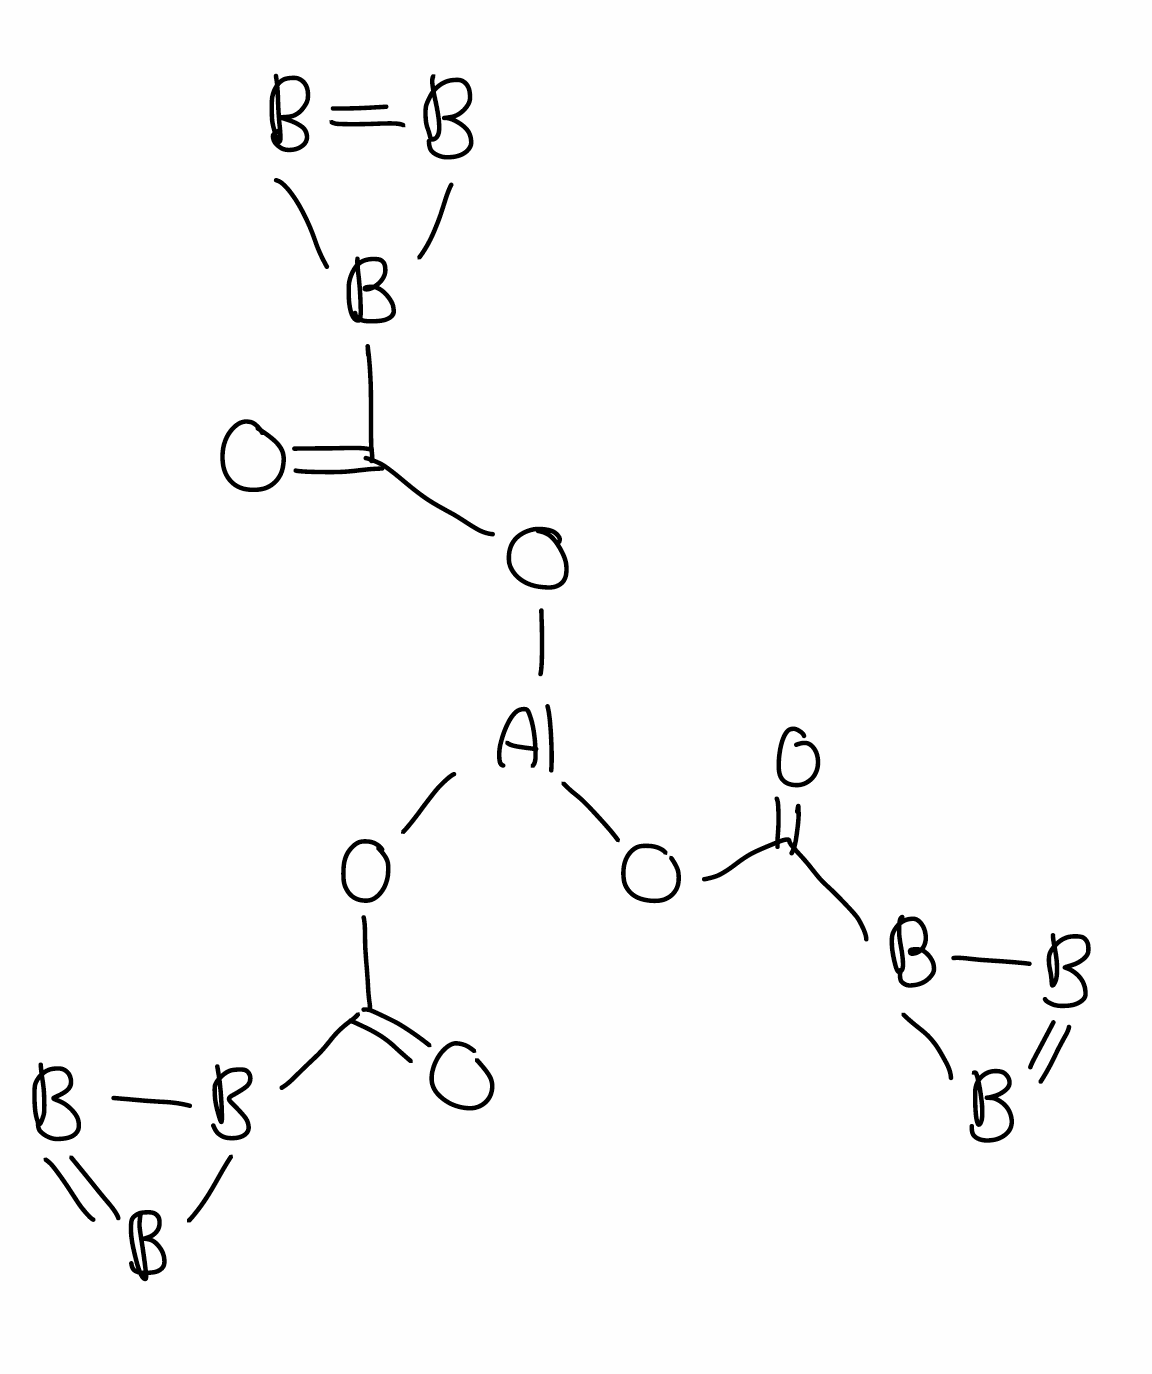
Simplified molecular-input line-entry system (SMILES) notation of the given molecule:
B1=BB1C(=O)O[Al](OC(=O)B2B=B2)OC(=O)B3B=B3